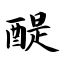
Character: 醍